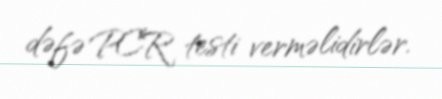
dəfə PCR testi verməlidirlər.